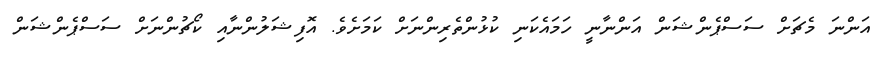
އަންނަ މެޗަށް ސަސްޕެންޝަން އަންނާނީ ހަމައެކަނި ކުޅުންތެރިންނަށް ކަމަށެވެ. އޮފިޝަލުންނާއި ކޯޗުންނަށް ސަސްޕެންޝަން